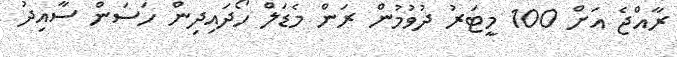
ރާއްޖެ އަށް 100 މީޓަރު ދުވުމުން ރަން މެޑަލް ހޯދައިދިން ހަސަން ސާއިދު